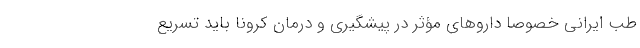
طب ایرانی خصوصاً داروهای مؤثر در پیشگیری و درمان کرونا باید تسریع